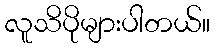
လူသိပိုများပါတယ်။